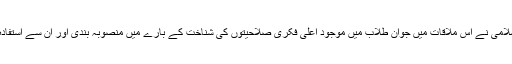
رہبر معظم انقلاب اسلامی نے اس ملاقات میں جوان طلاب میں موجود اعلی فکری صلاحیتوں کی شناخت کے بارے میں منصوبہ بندی اور ان سے استفادہ کرنے پر تاکید کی۔